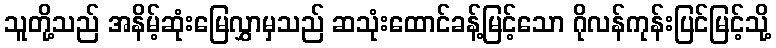
သူတို့သည် အနိမ့်ဆုံးမြေလွှာမှသည် ဆသုံးထောင်ခန့်မြင့်သော ဂိုလန်ကုန်းပြင်မြင့်သို့